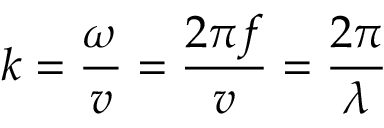
k = { \frac { \omega } { v } } = { \frac { 2 \pi f } { v } } = { \frac { 2 \pi } { \lambda } }